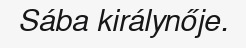
Sába királynője.